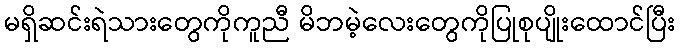
မရှိဆင်းရဲသားတွေကိုကူညီ မိဘမဲ့လေးတွေကိုပြုစုပျိုးထောင်ပြီး